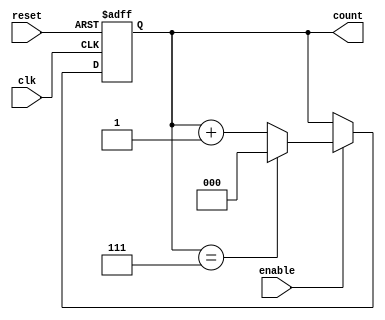
module binary_up_counter (
    input wire clk,          // Clock signal
    input wire reset,        // Asynchronous reset signal (active high)
    input wire enable,       // Enable signal (active high)
    output reg [N-1:0] count // N-bit count output
);
    parameter N = 3; // Number of bits for the counter (default: 3 bits)

    // Always block for synchronous counting
    always @(posedge clk or posedge reset) begin
        if (reset) begin
            count <= 0; // Reset count to 0
        end else if (enable) begin
            if (count == (2**N - 1)) begin
                count <= 0; // Wrap around to 0 after reaching maximum value
            end else begin
                count <= count + 1; // Increment count
            end
        end
    end
endmodule